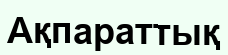
Ақпараттық